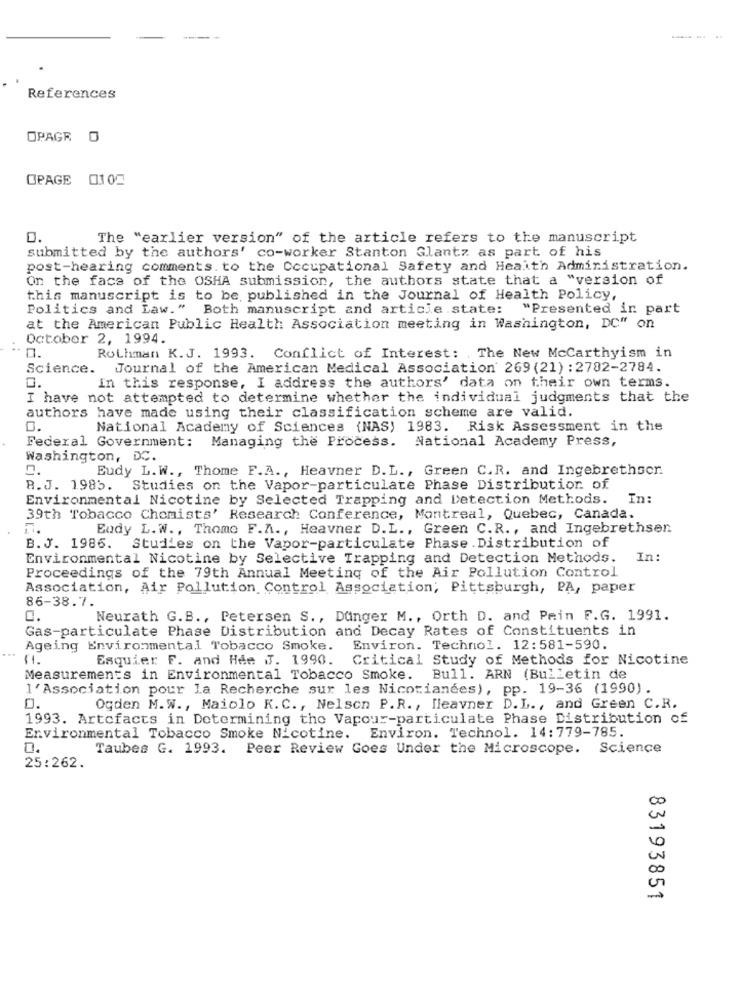
References
OPAGE 0
OPAGE 0100
0.
The "earlier version" of the article refers to the manuscript
submitted by the authors' co-worker Stanton Glantz as part of his
post-hearing comments. to the Occupational Safety and Health Administration.
On the face of the OSHA submission, the authors state that a "version of
this manuscript is to be published in the Journal of Health Policy,
Politics and Law." Both manuscript and article state:
"Presented in part
at the American Public Health Association meeting in Washington, DC" on
October 2, 1994.
0.
Rothman K.J. 1993. Conflict of Interest: The New McCarthyism in
Science.
Journal of the American Medical Association 269 (21) : 2782-2784.
In this response, I address the authors' data on their own terms.
0.
I have not attempted to determine whether the individual judgments that the
authors have made using their classification scheme are valid.
0.
National Academy of Sciences (NAS) 1983. Risk Assessment in the
Federal Government: Managing the Process. National Academy Press,
Washington, DC.
2.
Eudy L. W ., Thome F.A ., Heavner D.L ., Green C.R. and Ingebrethser.
B.J. 1985. Studies on the Vapor-particulate Phase Distribution of
Environmental Nicotine by Selected Trapping and Detection Methods.
In:
39th Tobacco Chemists' Research Conference, Montreal, Quebec, Canada.
n.
Eudy L.W ., Thome F.A ., Heavner D.L ., Green C.R ., and Ingebrethsen
B.J. 1986. Studies on the Vapor-particulate Phase . Distribution of
Environmental Nicotine by Selective Trapping and Detection Methods.
In:
Proceedings of the 79th Annual Meeting of the Air Pollution Control
Association, Air Pollution Control Association, Pittsburgh, PA, paper
86-38.7.
0.
Neurath G.B ., Petersen S ., Dunger M ., Orth D. and Pein F.G. 1991.
Gas-particulate Phase Distribution and Decay Rates of Constituents in
Ageing Environmental Tobacco Smoke. Environ. Technol. 12:581-590.
11.
Esquier F. and Hee J. 1990.
Critical Study of Methods for Nicotine
Measurements in Environmental Tobacco Smoke. Bull. ARN (Bulletin de
l'Association pour la Recherche sur les Nicotianées), pp. 19-36 (1990).
0.
Ogden M.W ., Maiolo K.C ., Nelson P.R ., lleavner D.L ., and Green C.R.
1993. Artefacts in Determining the Vapour-particulate Phase Distribution of
Environ. Technol. 14:779-785.
Environmental Tobacco Smoke Nicotine.
0.
Taubes G. 1993. Peer Review Goes Under the Microscope. Science
25:262.
00
00
83193851